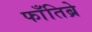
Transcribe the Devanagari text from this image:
फाँतिब्रे